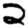
Digit: 2